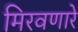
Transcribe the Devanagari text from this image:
मिरवणारे